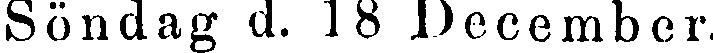
Söndag d. 18 December.